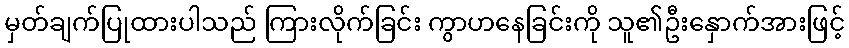
မှတ်ချက်ပြုထားပါသည် ကြားလိုက်ခြင်း ကွာဟနေခြင်းကို သူ၏ဦးနှောက်အားဖြင့်